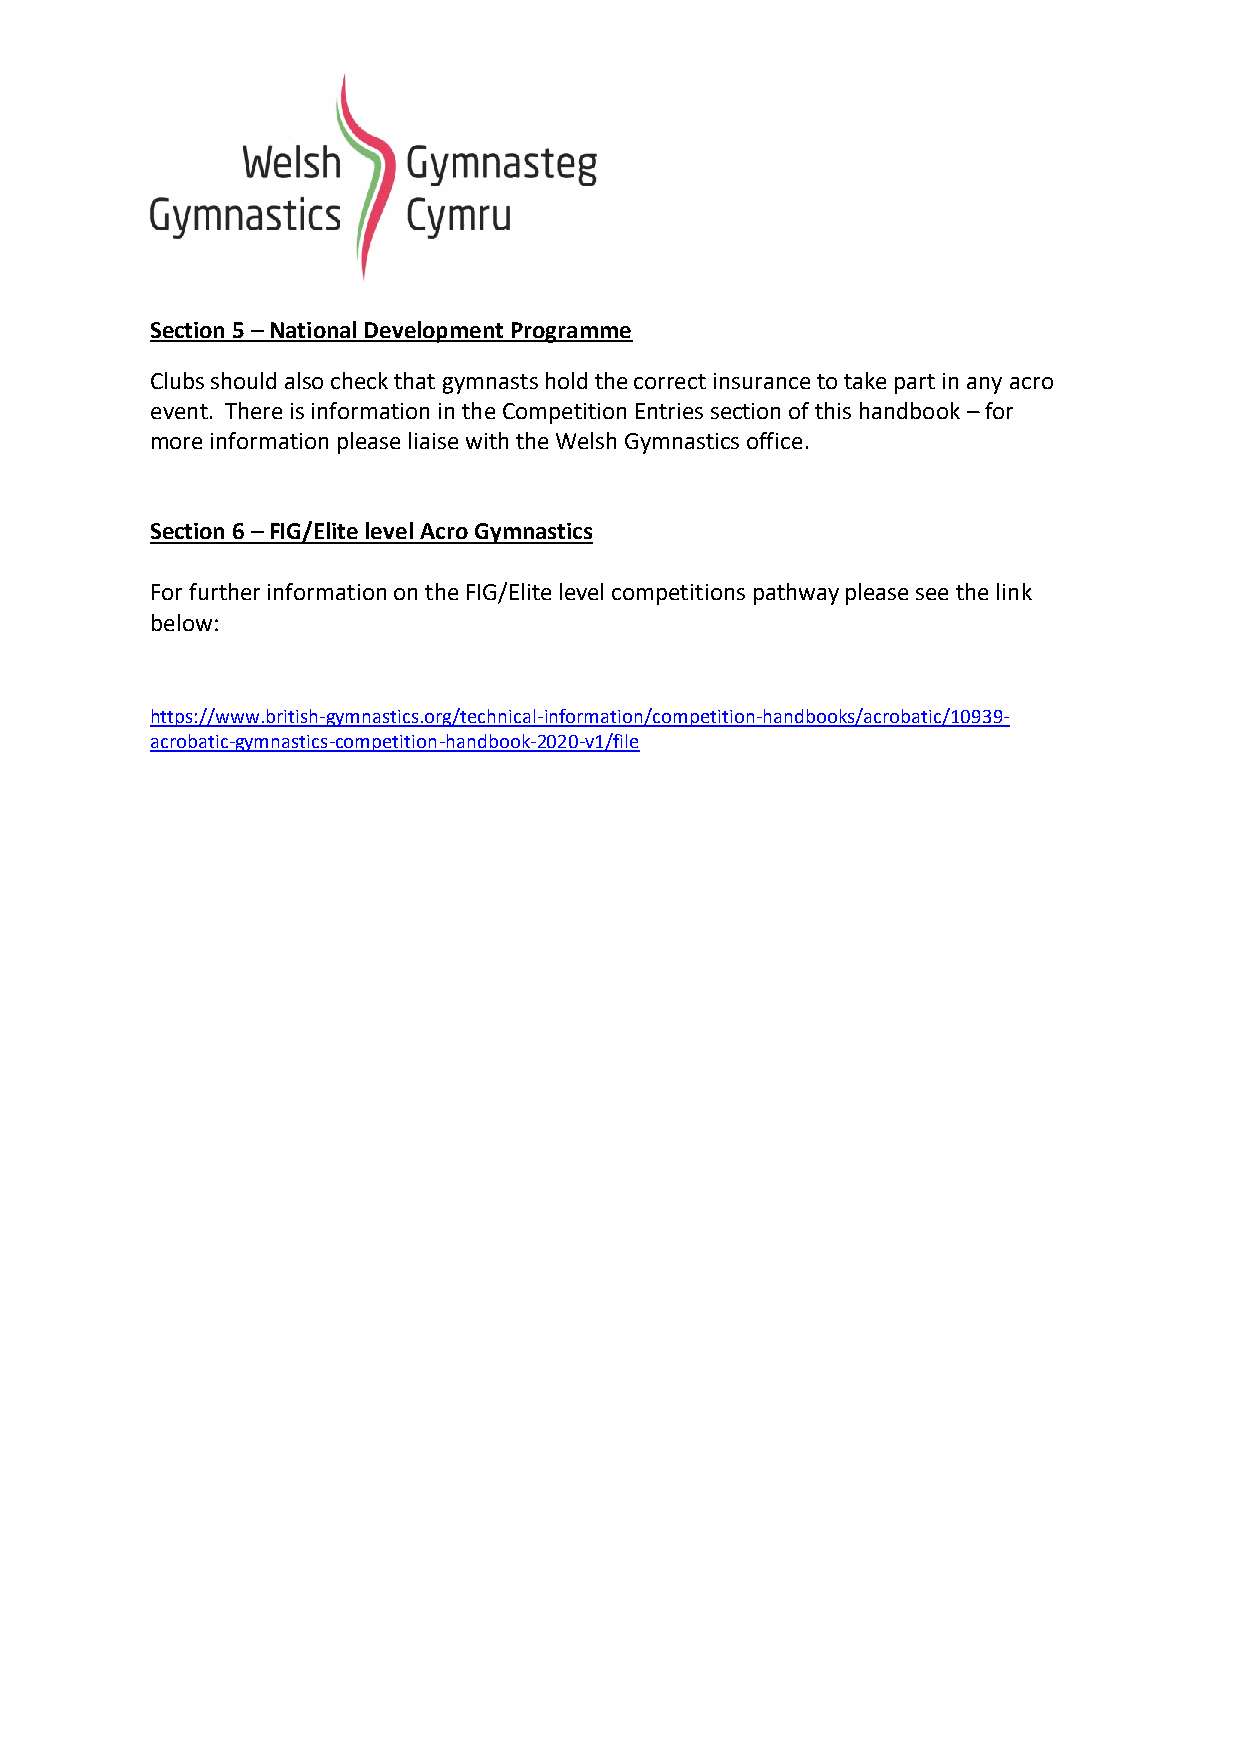
Section 5 – National Development Programme
 Clubs should also check that gymnasts hold the correct insurance to take part in any acro
 event. There is information in the Competition Entries section of this handbook – for
 more information please liaise with the Welsh Gymnastics office.
 Section 6 – FIG/Elite level Acro Gymnastics
 For further information on the FIG/Elite level competitions pathway please see the link
 below:
 https://www.british-gymnastics.org/technical-information/competition-handbooks/acrobatic/10939-
 acrobatic-gymnastics-competition-handbook-2020-v1/file